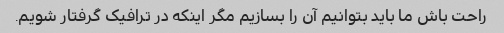
راحت باش ما باید بتوانیم آن را بسازیم مگر اینکه در ترافیک گرفتار شویم.